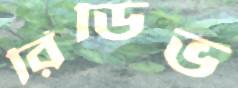
রিডিভ